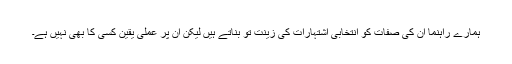
ہمارے راہنما ان کی صفات کو انتخابی اشتہارات کی زینت تو بناتے ہیں لیکن ان پر عملی یقین کسی کا بھی نہیں ہے۔